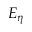
E _ { \eta }